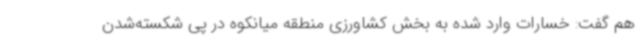
هم گفت: خسارات وارد شده به بخش کشاورزی منطقه میانکوه در پی شکسته‌شدن